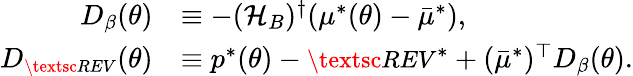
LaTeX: \begin{array}{rl}{D_{\beta}(\theta)}&{\equiv-({\mathcal{H}}_{B})^{\dagger}({\mu^{*}}(\theta)-{\bar{\mu}^{*}}),}\\ {D_{\small\textsc{{REV}}}(\theta)}&{\equiv p^{*}(\theta)-{\small\textsc{{REV}}}^{*}+({\bar{\mu}^{*}})^{\top}D_{\beta}(\theta).}\end{array}